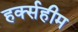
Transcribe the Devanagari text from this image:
हर्क्सहीम